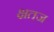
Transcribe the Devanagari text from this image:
क्षतज